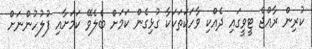
ކުރިން ރާއްޖެ ޓީވީގައި ދެއްކި ވާހަކަތަކަކާ ގުޅިގެން ކަމަށް ބެލެވޭ ކަމަށާއި ފުލުހުންނަށް